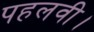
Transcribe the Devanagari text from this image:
पहलवी।